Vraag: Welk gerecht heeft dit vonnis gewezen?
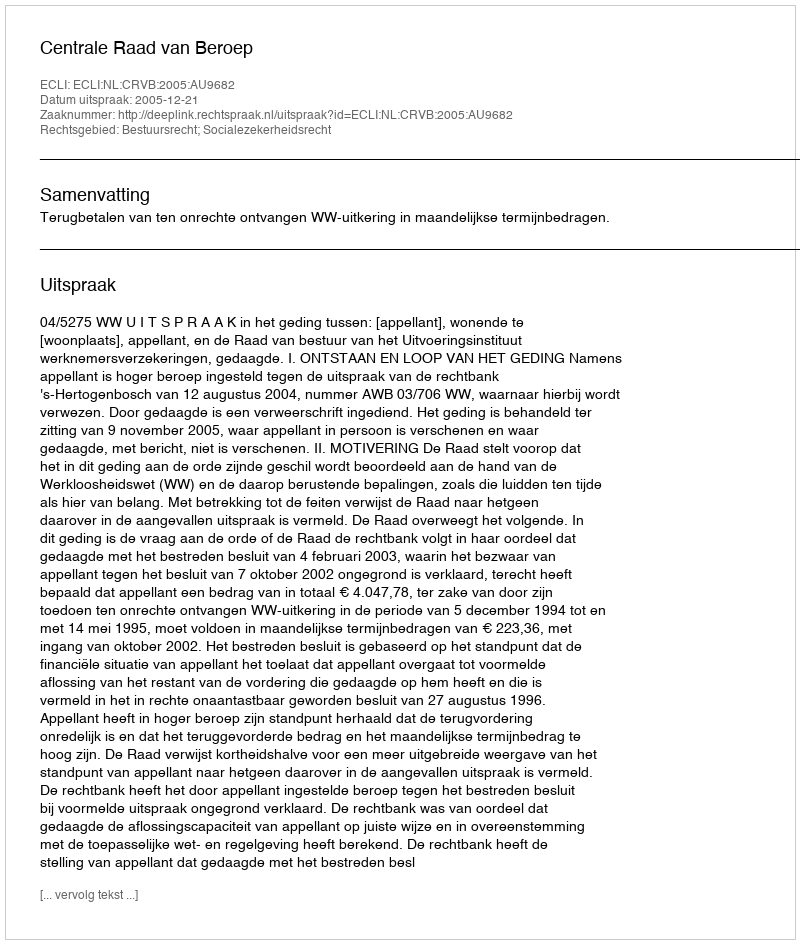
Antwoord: Centrale Raad van Beroep